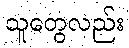
သူတွေလည်း